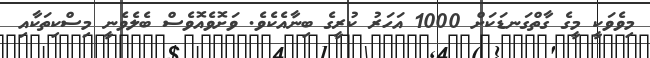
މިވެވަކީ މީގެ ގާތްގަނޑަކަށް 1000 އަހަރު ކުރީގެ ބިނާއެކެވެ. ވަށޮވެއޮވެސް ބެލެވެނީ މިސްކިތަކާއި